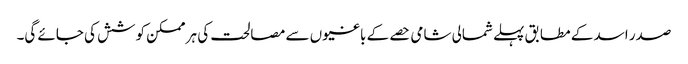
صدر اسد کے مطابق پہلے شمالی شامی حصے کے باغیوں سے مصالحت کی ہر ممکن کوشش کی جائے گی۔